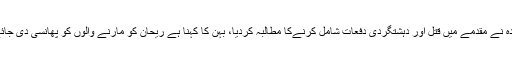
والدہ نے مقدمے میں قتل اور دہشتگردی دفعات شامل کرنےکا مطالبہ کردیا، بہن کا کہنا ہے ریحان کو مارنے والوں کو پھانسی دی جائے۔